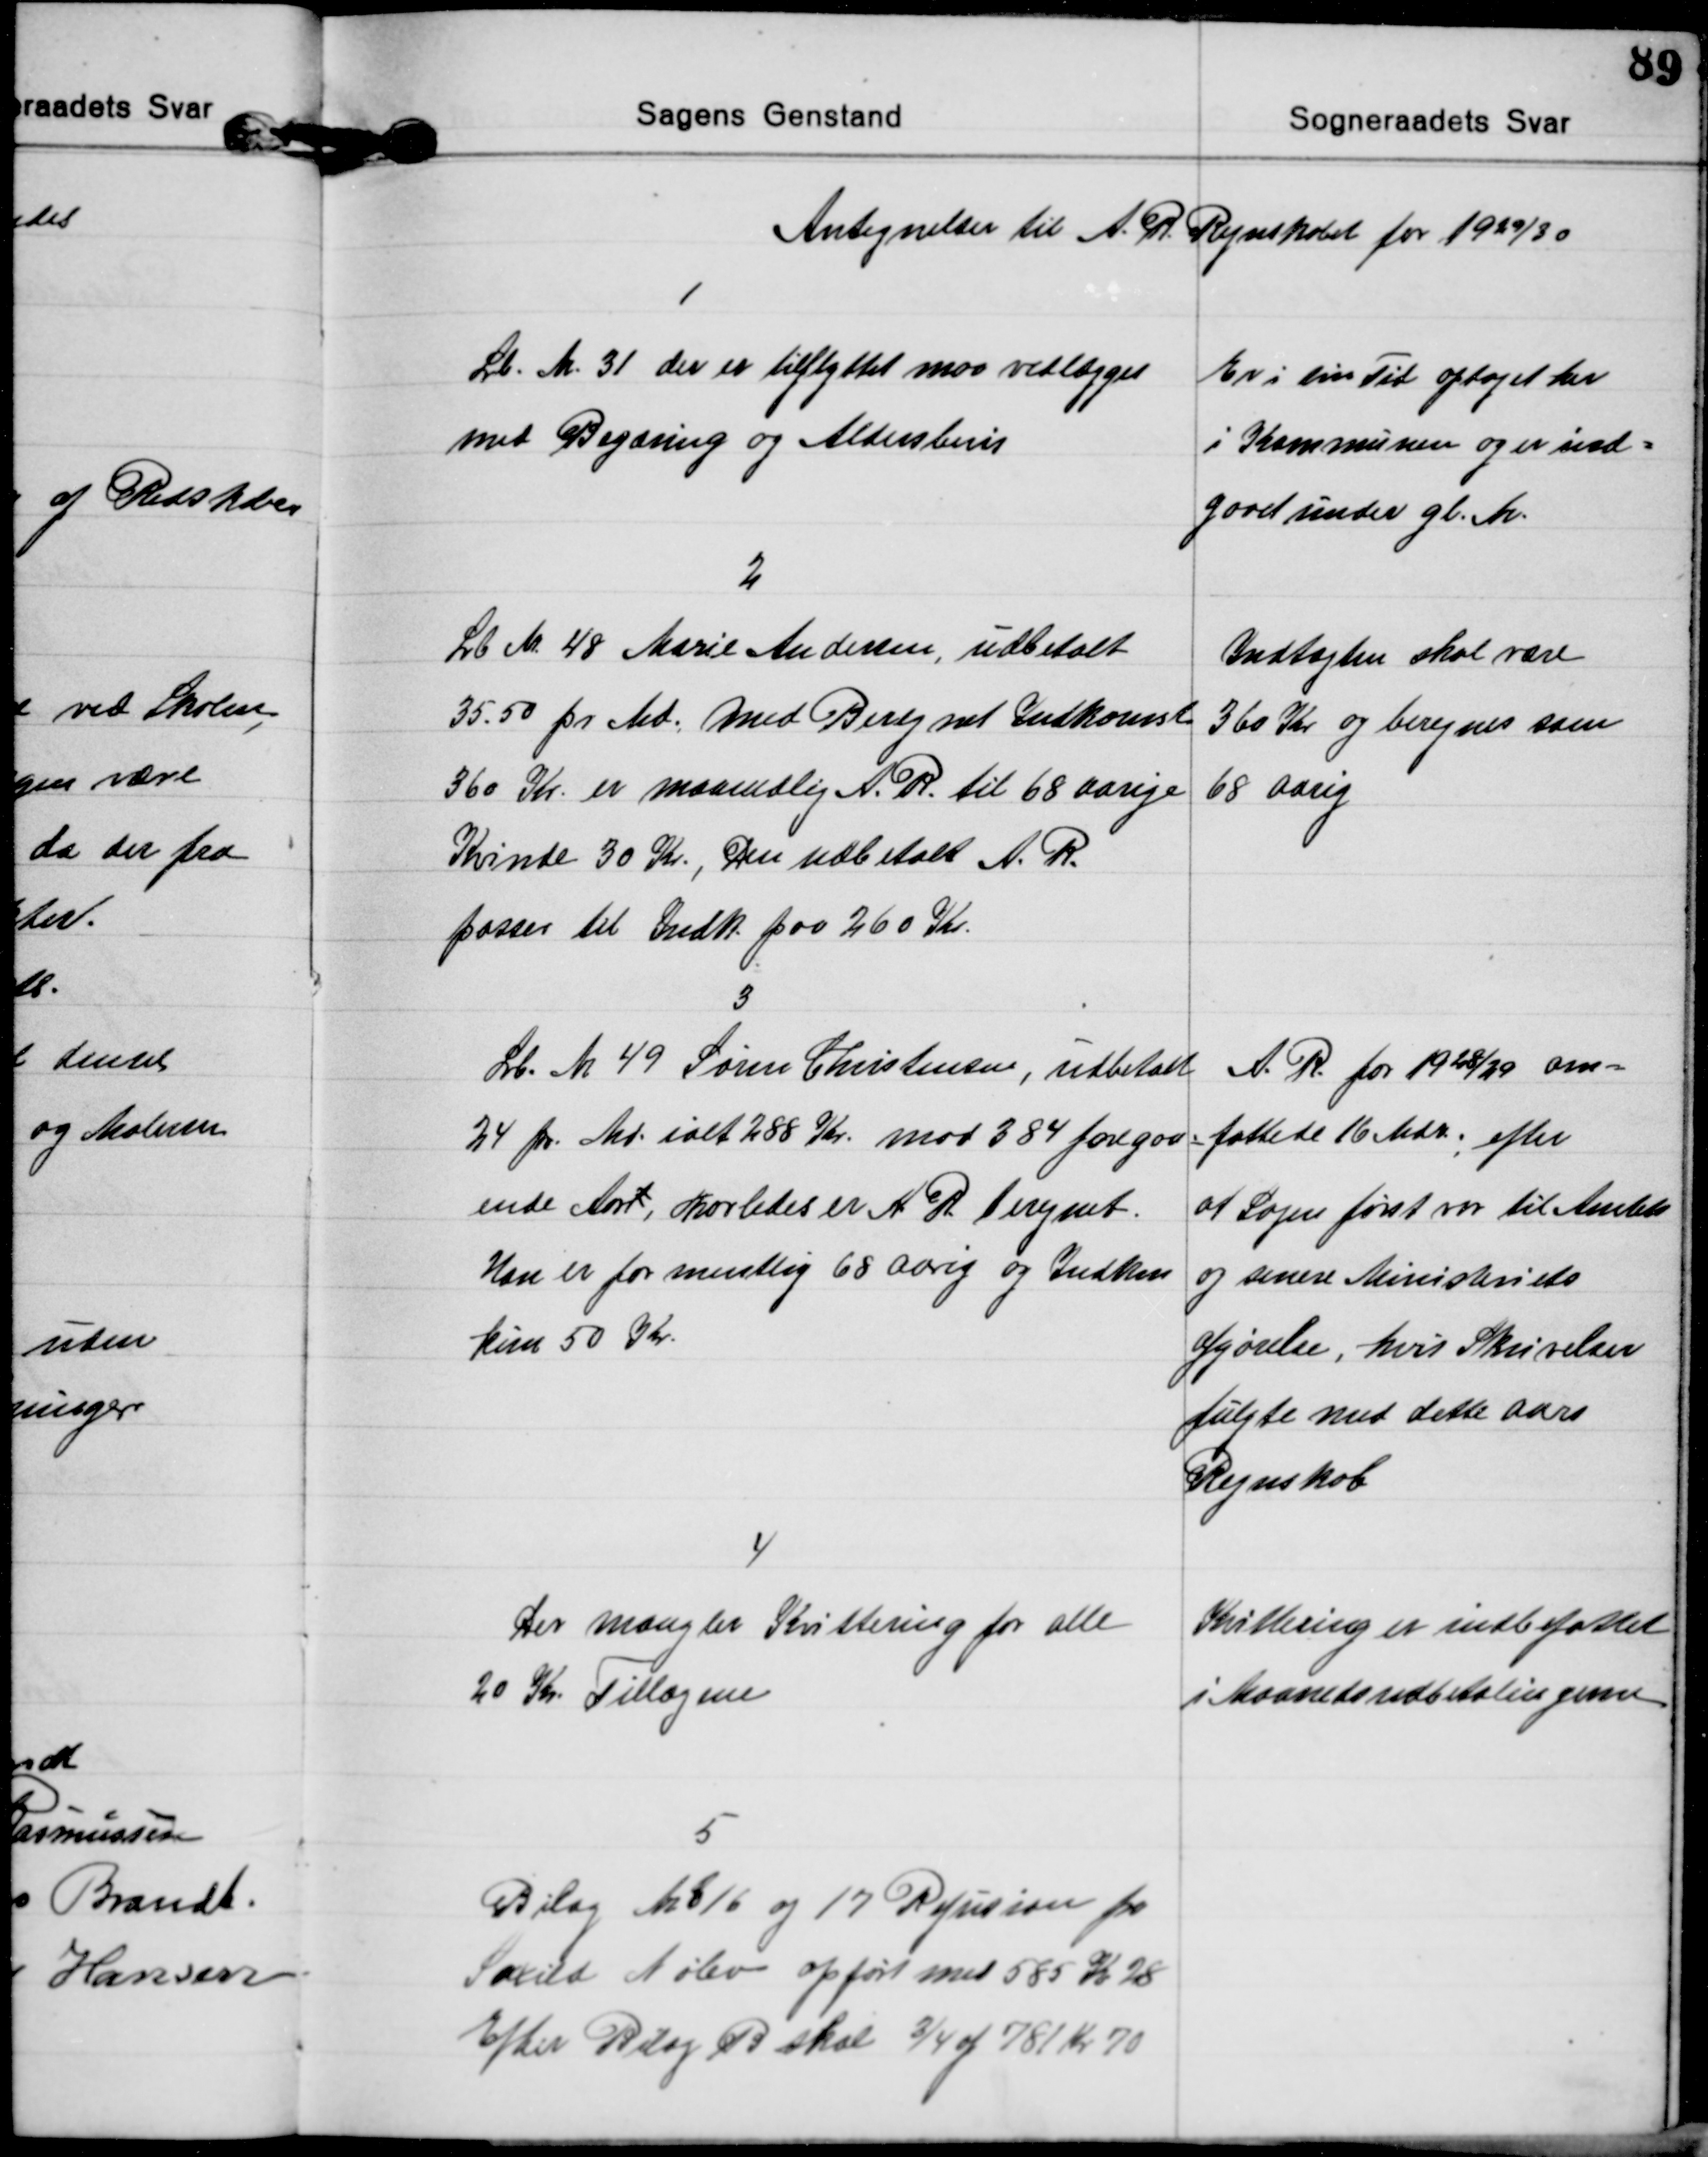
Transskription:
Antegnelser til A. R. Regnskabet for 1929/30

1
Lb. Nr. 31 der er tilflyttet maa vedlægges
med Begæring og Aldersbevis
Er i sin Tid optaget her
i Kommunen og er ind=
gaaet under gl. Nr.

2
Lb. Nr. 48 Marie Andersen, udbetalt
35.50 pr. Md. med Beregnet Indkomst
360 Kr. er maanedlig A.R. til 68 aarige
Kvinde 30 Kr., Den udbetalt A. R.
passer til Indk. paa 260 Kr.
Indtægten skal være
360 Kr og beregnes som
68 Aarig

3
Lb. Nr. 49 Søren Christensen, udbetalt
24 pr. Md. ialt 288 Kr. mod 384 foregaa=
ende Aart, hvorledes er A R beregnet.
Han er formentlig 68 Aarig og Indkom
kun 50 Kr.
A. R. for 1928/29 om=
fattede 16 Mdr. efter
at Sagen først var til Amtets
og senere Ministeriets
Afgørelse, hvis Skrivelser
fulgte med dette aars
Regnskab

4
Der mangler Kvittering for alle
20 Kr Tillægene
Kvittering er indbefattet
i Maanedsudbetalingerne

5
Bilag Nr 16 og 17 Refusion for
Saxild Nølev opført med 585 Kr 28
Efter Bilag B skal ¾ af 781 Kr 70